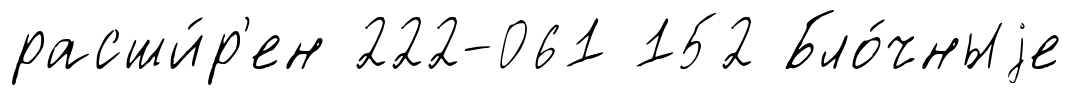
расши́р'ен 222-061 152 Бло́чныjе